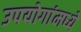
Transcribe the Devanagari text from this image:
उपयोगांमध्ये